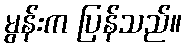
မွန်းက ပြန်သည်။